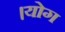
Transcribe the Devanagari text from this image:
।योग